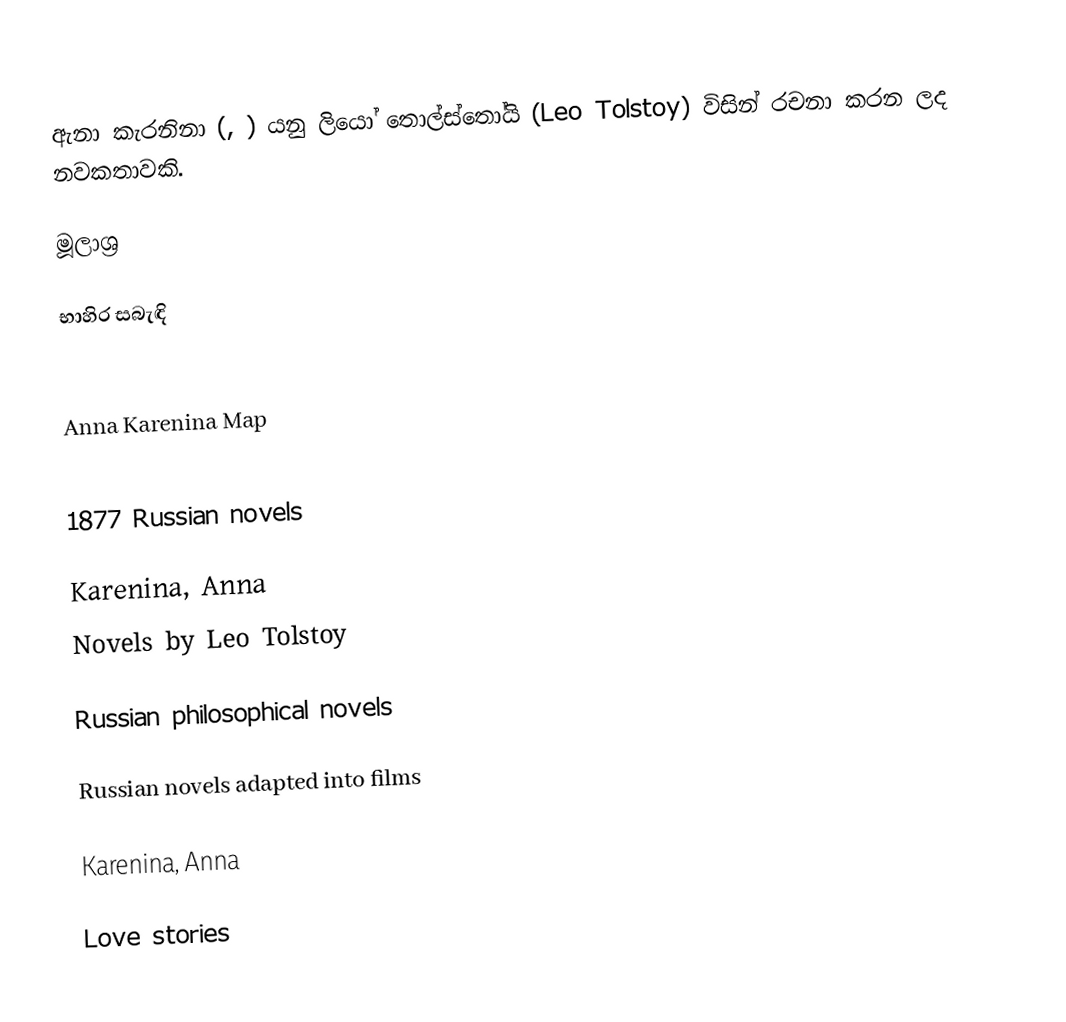
ඇනා කැරනිනා (, ) යනු ලියෝ තොල්ස්තෝයි (Leo Tolstoy) විසින් රචනා කරන ලද නවකතාවකි.

මූලාශ්‍ර

භාහිර සබැඳි

 Anna Karenina Map

1877 Russian novels

Karenina, Anna
Novels by Leo Tolstoy

Russian philosophical novels

Russian novels adapted into films

Karenina, Anna

Love stories